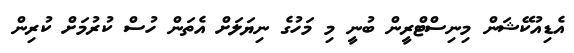
އެޑިއުކޭޝަން މިނިސްޓްރީން ބުނީ މި މަހުގެ ނިޔަަލަށް އެތަން ހުސް ކުރުމަށް ކުރިން